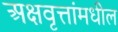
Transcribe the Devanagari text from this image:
अक्षवृत्तांमधील